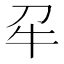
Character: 𭷔